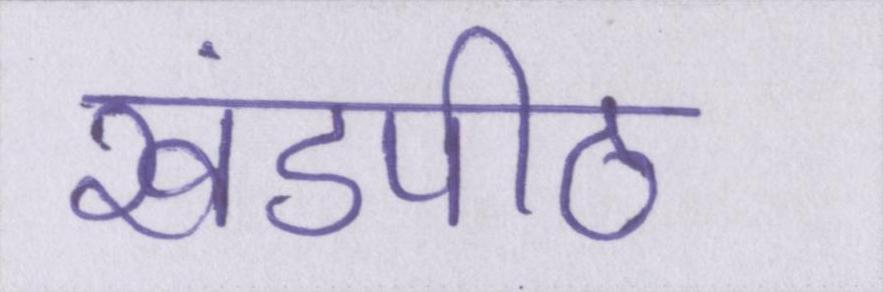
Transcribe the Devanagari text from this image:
खंडपीठ